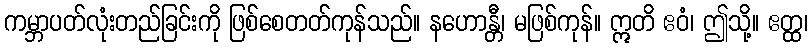
ကမ္ဘာပတ်လုံးတည်ခြင်းကို ဖြစ်စေတတ်ကုန်သည်။ နဟောန္တီ၊ မဖြစ်ကုန်။ ဣတိ ဧဝံ၊ ဤသို့။ ဧတ္ထ၊